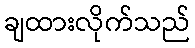
ချထားလိုက်သည်